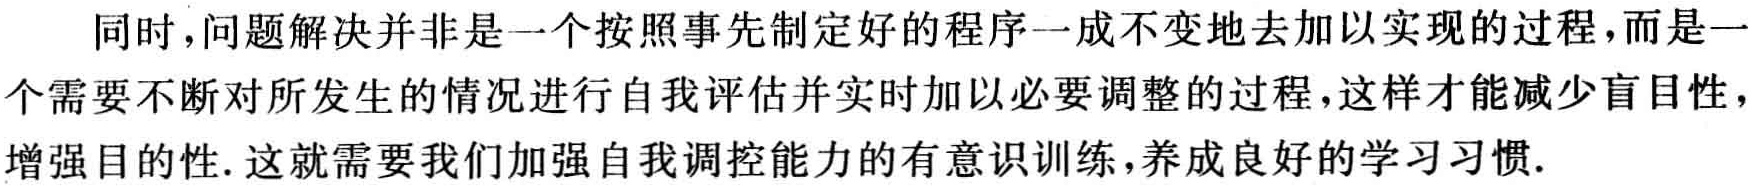
同时，问题解决并非是一个按照事先制定好的程序一成不变地去加以实现的过程，而是一个需要不断对所发生的情况进行自我评估并实时加以必要调整的过程，这样才能减少盲目性，增强目的性. 这就需要我们加强自我调控能力的有意识训练，养成良好的学习习惯.